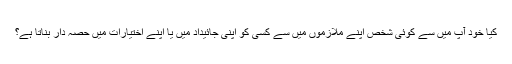
کیا خود آپ میں سے کوئی شخص اپنے ملازموں میں سے کسی کو اپنی جائیداد میں یا اپنے اختیارات میں حصہ دار بناتا ہے؟